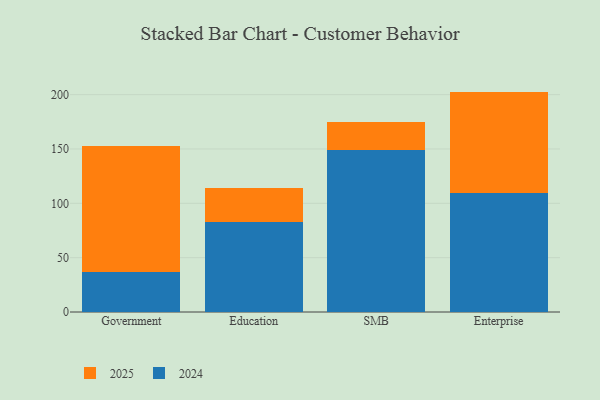
{"axis": {"x": "Segment", "y": "Churn Rate (%)"}, "legend": ["2024", "2025"], "data": [{"x": "Government", "y": 36.7, "type": "2024"}, {"x": "Government", "y": 115.9, "type": "2025"}, {"x": "Education", "y": 83.2, "type": "2024"}, {"x": "Education", "y": 30.6, "type": "2025"}, {"x": "SMB", "y": 149.0, "type": "2024"}, {"x": "SMB", "y": 25.6, "type": "2025"}, {"x": "Enterprise", "y": 109.6, "type": "2024"}, {"x": "Enterprise", "y": 93.2, "type": "2025"}]}